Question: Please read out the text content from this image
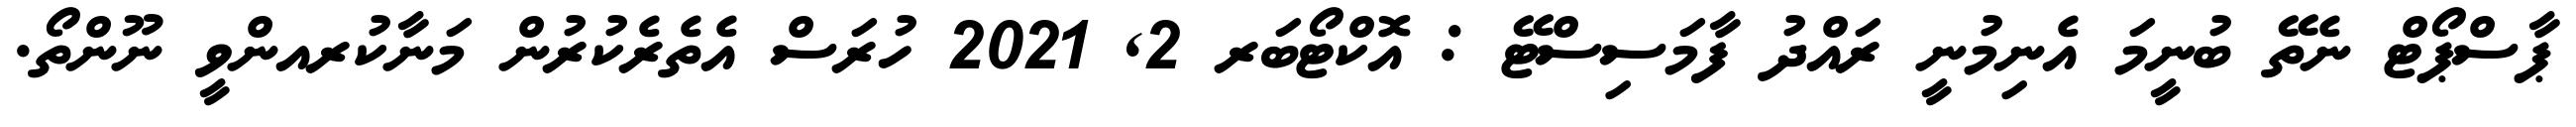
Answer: ޕާސްޕޯޓް ނެތޭ ބުނީމަ އެނިމުނީ ރައްދު ފާމަސިސްޓޭ : އޮކްޓޯބަރ 2, 2021 ހުރަސް އެތެރެކުރުން މަނާކުރއންވީ ނޫންތޯ.